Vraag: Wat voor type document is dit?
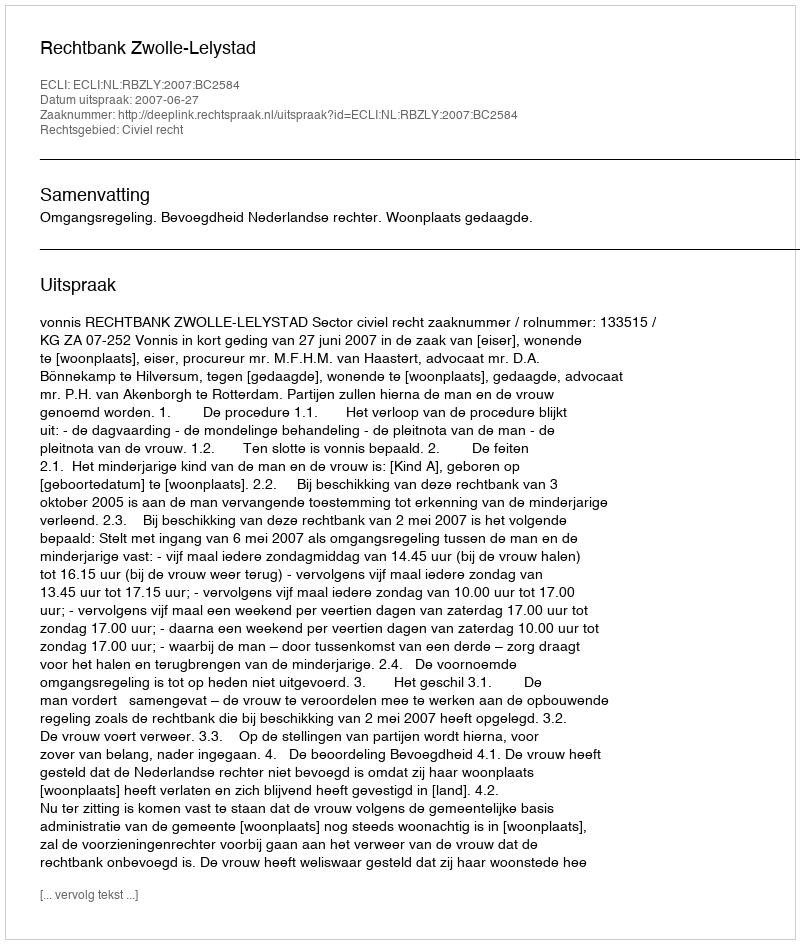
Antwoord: Uitspraak